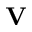
\mathbf { V }